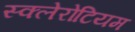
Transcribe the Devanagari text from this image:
स्क्लेरोटियम